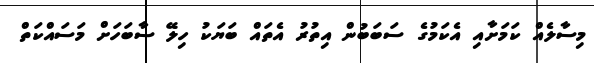
މިސާލެއް ކަމަށާއި އެކަމުގެ ސަބަބުން އިތުރު އެތައް ބަޔަކު ހިލޭ ސާބަހަށް މަަސައްކަތް